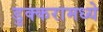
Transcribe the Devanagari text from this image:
डुक्करामध्ये